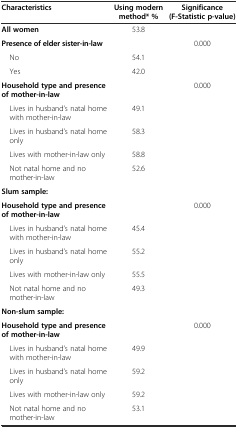
<table><thead><tr><td><b>Characteristics</b></td><td><b>Using modern method* %</b></td><td><b>Significance (F-Statistic p-value)</b></td></tr></thead><tbody><tr><td><b>All women</b></td><td>53.8</td><td>[EMPTY_CELL]</td></tr><tr><td><b>Presence of elder sister-in-law</b></td><td>[EMPTY_CELL]</td><td>0.000</td></tr><tr><td> No</td><td>54.1</td><td>[EMPTY_CELL]</td></tr><tr><td> Yes</td><td>42.0</td><td>[EMPTY_CELL]</td></tr><tr><td><b>Household type and presence of mother-in-law</b></td><td>[EMPTY_CELL]</td><td>0.000</td></tr><tr><td> Lives in husband’s natal home with mother-in-law</td><td>49.1</td><td>[EMPTY_CELL]</td></tr><tr><td> Lives in husband’s natal home only</td><td>58.3</td><td>[EMPTY_CELL]</td></tr><tr><td> Lives with mother-in-law only</td><td>58.8</td><td>[EMPTY_CELL]</td></tr><tr><td> Not natal home and no mother-in-law</td><td>52.6</td><td>[EMPTY_CELL]</td></tr><tr><td><b>Slum sample:</b></td><td>[EMPTY_CELL]</td><td>[EMPTY_CELL]</td></tr><tr><td><b>Household type and presence of mother-in-law</b></td><td>[EMPTY_CELL]</td><td>0.000</td></tr><tr><td> Lives in husband’s natal home with mother-in-law</td><td>45.4</td><td>[EMPTY_CELL]</td></tr><tr><td> Lives in husband’s natal home only</td><td>55.2</td><td>[EMPTY_CELL]</td></tr><tr><td> Lives with mother-in-law only</td><td>55.5</td><td>[EMPTY_CELL]</td></tr><tr><td> Not natal home and no mother-in-law</td><td>49.3</td><td>[EMPTY_CELL]</td></tr><tr><td><b>Non-slum sample:</b></td><td>[EMPTY_CELL]</td><td>[EMPTY_CELL]</td></tr><tr><td><b>Household type and presence of mother-in-law</b></td><td>[EMPTY_CELL]</td><td>0.000</td></tr><tr><td> Lives in husband’s natal home with mother-in-law</td><td>49.9</td><td>[EMPTY_CELL]</td></tr><tr><td> Lives in husband’s natal home only</td><td>59.2</td><td>[EMPTY_CELL]</td></tr><tr><td> Lives with mother-in-law only</td><td>59.2</td><td>[EMPTY_CELL]</td></tr><tr><td> Not natal home and no mother-in-law</td><td>53.1</td><td>[EMPTY_CELL]</td></tr></tbody></table>